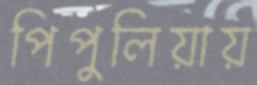
পিপুলিয়ায়